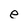
Character: e